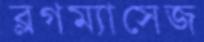
ব্লগম্যাসেজ